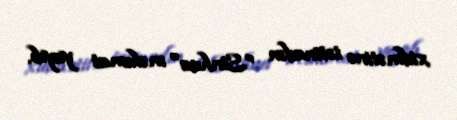
xidmətinə istinadən "Sinhua" məlumat yayıb.